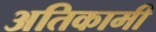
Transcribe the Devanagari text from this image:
अतिकामी